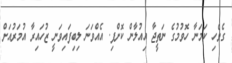
ގެވެހި ކަމަނާ ހޮވުމުގެ ނަތީޖާ އިއުލާން ކޮށްފި. އެއްވަނަ ލިބިފައިވަނީ ޒުހައިރާ އުމަރުއަށް